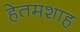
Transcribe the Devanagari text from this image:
हेतमशाह